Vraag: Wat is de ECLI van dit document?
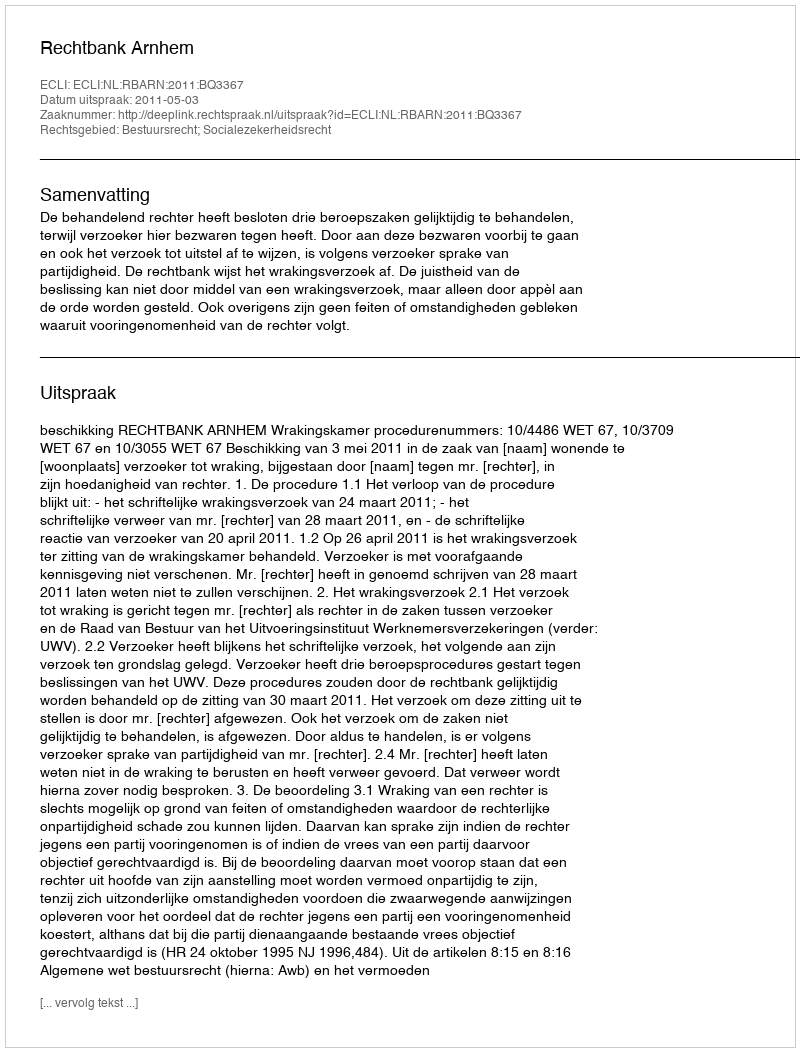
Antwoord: ECLI:NL:RBARN:2011:BQ3367